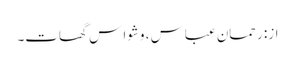
از: رحمان عباس ، وشوا س گھات۔